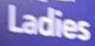
Ladies